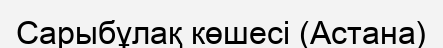
Сарыбұлақ көшесі (Астана)